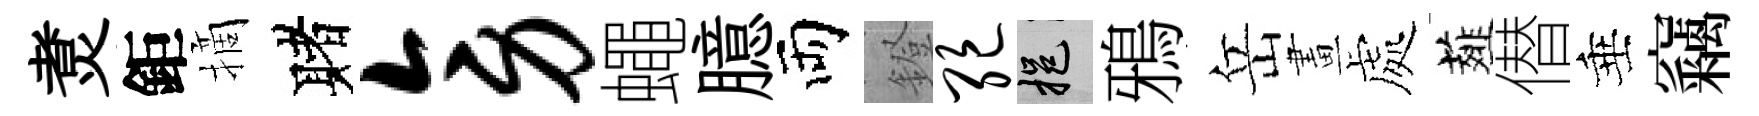
煑鉅摘赌旁蠅臆両鐙绝挹鴉岳畫處薤僣垂竊